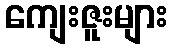
ကျေးဇူးများ